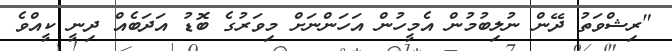
"ރިޝްވަތު ދޭން ނުލިބުމުން އެމީހުން އަހަންނަށް މިވަރުގެ ބޮޑު އަދަބެއް ދިނީ ކީއްވެ